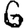
Digit: 6